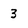
Character: 3